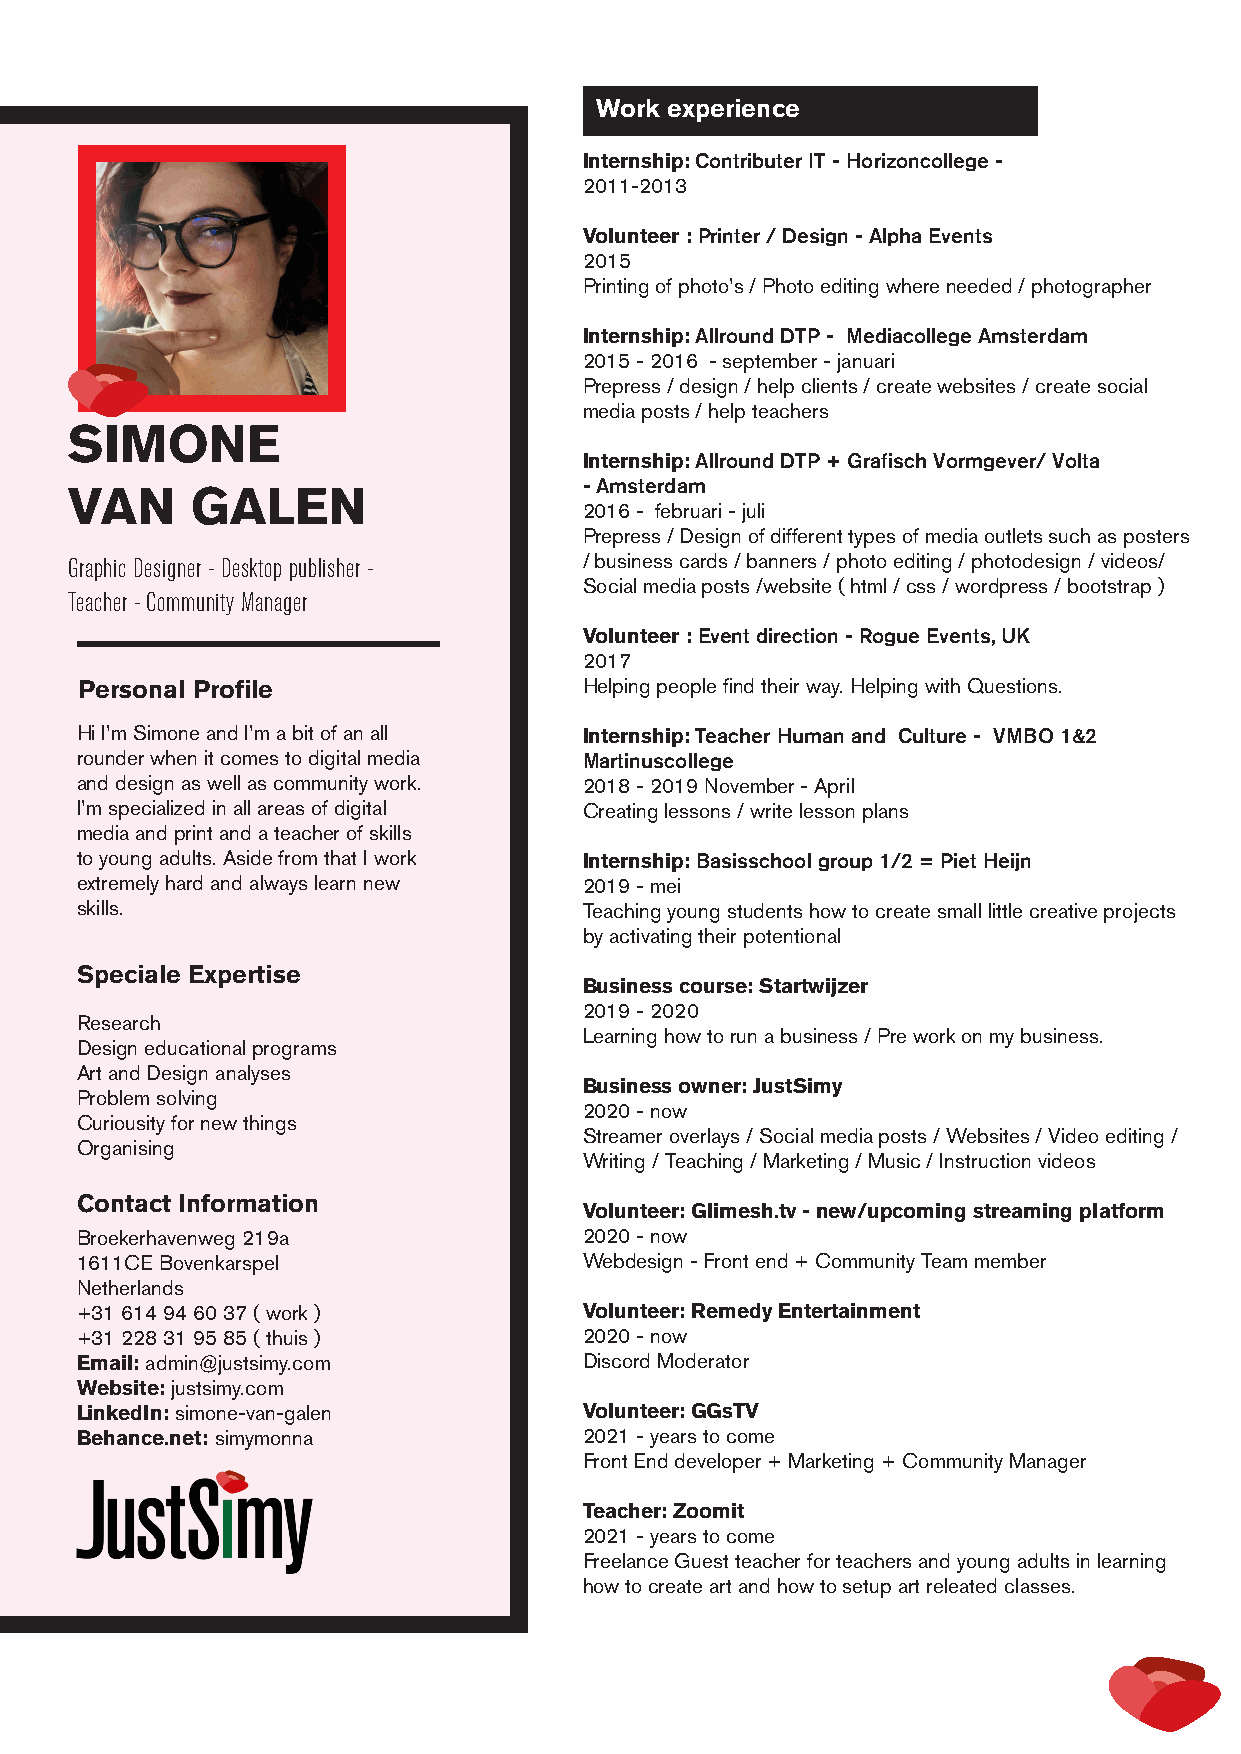
Work experience
 Internship: Contributer IT - Horizoncollege -
 2011-2013
 Volunteer : Printer / Design - Alpha Events
 2015
 Printing of photo’s / Photo editing where needed / photographer
 Internship: Allround DTP - Mediacollege Amsterdam
 2015 - 2016 - september - januari
 Prepress / design / help clients / create websites / create social
 media posts / help teachers
 SIMONE
 Internship: Allround DTP + Grafisch Vormgever/ Volta
 - Amsterdam
 VAN      GALEN
 2016 - februari - juli
 Prepress / Design of different types of media outlets such as posters
 Graphic Designer - Desktop publisher - / business cards / banners / photo editing / photodesign / videos/
 Social media posts /website ( html / css / wordpress / bootstrap )
 Teacher - Community Manager
 Volunteer : Event direction - Rogue Events, UK
 2017
 Personal Profile                  Helping people find their way. Helping with Questions.
 Hi I’m Simone and I’m a bit of an all Internship: Teacher Human and Culture - VMBO 1&2
 rounder when it comes to digital media Martinuscollege
 and design as well as community work. 2018 - 2019 November - April
 I’m specialized in all areas of digital Creating lessons / write lesson plans
 media and print and a teacher of skills
 to young adults. Aside from that I work Internship: Basisschool group 1/2 = Piet Heijn
 extremely hard and always learn new 2019 - mei
 skills.                           Teaching young students how to create small little creative projects
 by activating their potentional
 Speciale Expertise
 Business course: Startwijzer
 2019 - 2020
 Research
 Learning how to run a business / Pre work on my business.
 Design educational programs
 Art and Design analyses
 Business owner: JustSimy
 Problem solving
 2020 - now
 Curiousity for new things
 Streamer overlays / Social media posts / Websites / Video editing /
 Organising
 Writing / Teaching / Marketing / Music / Instruction videos
 Contact Information
 Volunteer: Glimesh.tv - new/upcoming streaming platform
 Broekerhavenweg 219a              2020 - now
 1611CE Bovenkarspel               Webdesign - Front end + Community Team member
 Netherlands
 +31 614 94 60 37 ( work )         Volunteer: Remedy Entertainment
 +31 228 31 95 85 ( thuis )        2020 - now
 Email: admin@justsimy.com         Discord Moderator
 Website: justsimy.com
 LinkedIn: simone-van-galen        Volunteer: GGsTV
 Behance.net: simymonna            2021 - years to come
 Front End developer + Marketing + Community Manager
 Teacher: Zoomit
 2021 - years to come
 Freelance Guest teacher for teachers and young adults in learning
 how to create art and how to setup art releated classes.